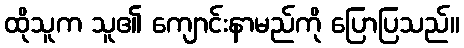
ထိုသူက သူ၏ ကျောင်းနာမည်ကို ပြောပြသည်။